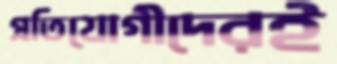
প্রতিযোগীদেরই